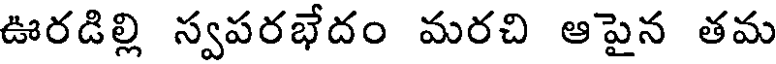
ఊరడిల్లి స్వపరభేదం మరచి ఆపైన తమ